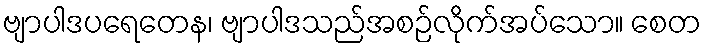
ဗျာပါဒပရေတေန၊ ဗျာပါဒသည်အစဉ်လိုက်အပ်သော။ စေတ